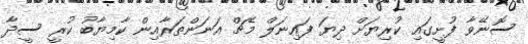
ސޮނޭވާ ފުށީގައި ކުރިޔަށް ދިޔަ ފައިނަލް މެޗް އަނަންތަރާއިން ކާމިޔާބު ކުރީ ސީދާ